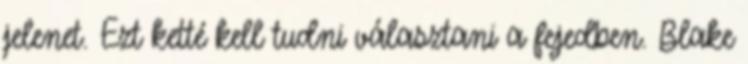
jelenet. Ezt ketté kell tudni választani a fejedben. Blake